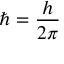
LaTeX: { \hbar } = { \frac { h } { 2 \pi } }